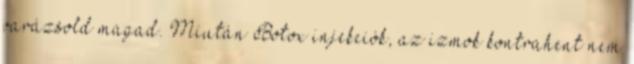
varázsold magad. Miután Botox injekciók, az izmok kontrahent nem